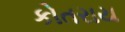
કોતરાય